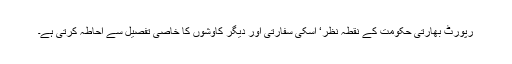
رپورٹ بھارتی حکومت کے نقطہ نظر‘ اسکی سفارتی اور دیگر کاوشوں کا خاصی تفصیل سے احاطہ کرتی ہے۔